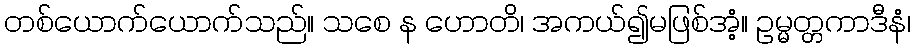
တစ်ယောက်ယောက်သည်။ သစေ န ဟောတိ၊ အကယ်၍မဖြစ်အံ့။ ဥမ္မတ္တကာဒီနံ၊